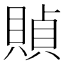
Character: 𧶸